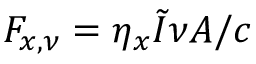
F _ { x , \nu } = \eta _ { x } \tilde { I } { \nu } A / c